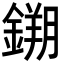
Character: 𮢮